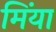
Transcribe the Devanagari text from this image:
मिंया